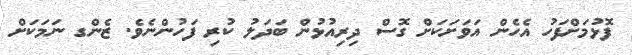
ފޮޅުމަށްފަހު އެހެން އަވަށަކަށް ގޮސް ދިރިއުޅުން ބަދަލު ކުރި ފަހުންނެވެ. ޒެންގ ނަމަކަށް